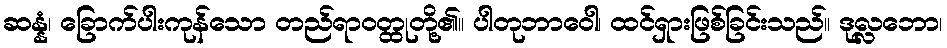
ဆန္နံ၊ ခြောက်ပါးကုန်သော တည်ရာဝတ္ထုတို့၏။ ပါတုဘာဝေါ၊ ထင်ရှားဖြစ်ခြင်းသည်။ ဒုလ္လဘော၊